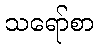
သရော်စာ